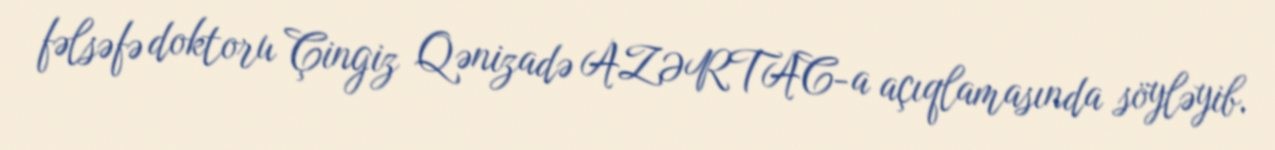
fəlsəfə doktoru Çingiz Qənizadə AZƏRTAC-a açıqlamasında söyləyib.